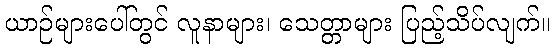
ယာဉ်များပေါ်တွင် လူနာများ၊ သေတ္တာများ ပြည့်သိပ်လျက်။